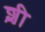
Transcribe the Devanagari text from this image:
श़ी